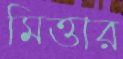
মিত্তার